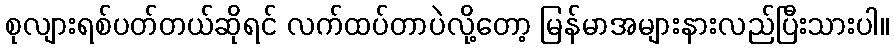
စုလျားရစ်ပတ်တယ်ဆိုရင် လက်ထပ်တာပဲလို့တော့ မြန်မာအများနားလည်ပြီးသားပါ။